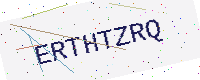
Text: ERTHTZRQ